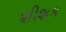
શીશક